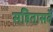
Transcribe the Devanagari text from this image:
सहितासर्वे